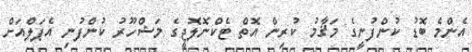
އެންމެ ބޮޑު ކުންފުނީގެ މަޤާމު ކުރިން އޮތް ޓެކްނޮލޮޖީގެ މަޝްހޫރު ކުންފުނި އެޕަލްއަށް